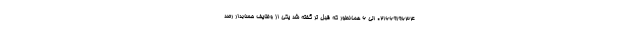
02166919634 الی 6 همانطور که قبل تر گفته شد یکی از وظایف حسابدار رصد